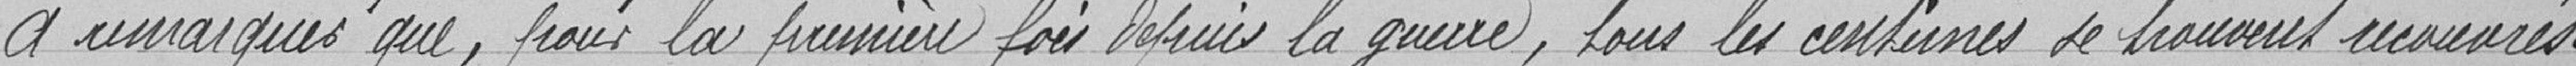
A remarqué que, pour la première fois depuis la Guerre, tous les centimes se trouvent recouvrés .